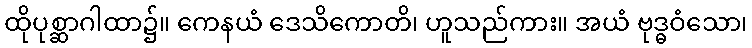
ထိုပုစ္ဆာဂါထာ၌။ ကေနယံ ဒေသိကောတိ၊ ဟူသည်ကား။ အယံ ဗုဒ္ဓဝံသော၊